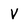
Character: V